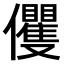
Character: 𠑩